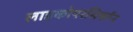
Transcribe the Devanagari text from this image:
लाइकोपरसिकॉन